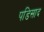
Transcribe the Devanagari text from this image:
पडिसाद